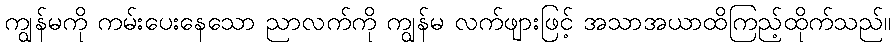
ကျွန်မကို ကမ်းပေးနေသော ညာလက်ကို ကျွန်မ လက်ဖျားဖြင့် အသာအယာထိကြည့်ထိုက်သည်။